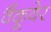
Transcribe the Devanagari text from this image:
वैंकूवेर